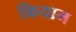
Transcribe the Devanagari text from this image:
कियाम